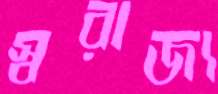
স্বরাজ্য